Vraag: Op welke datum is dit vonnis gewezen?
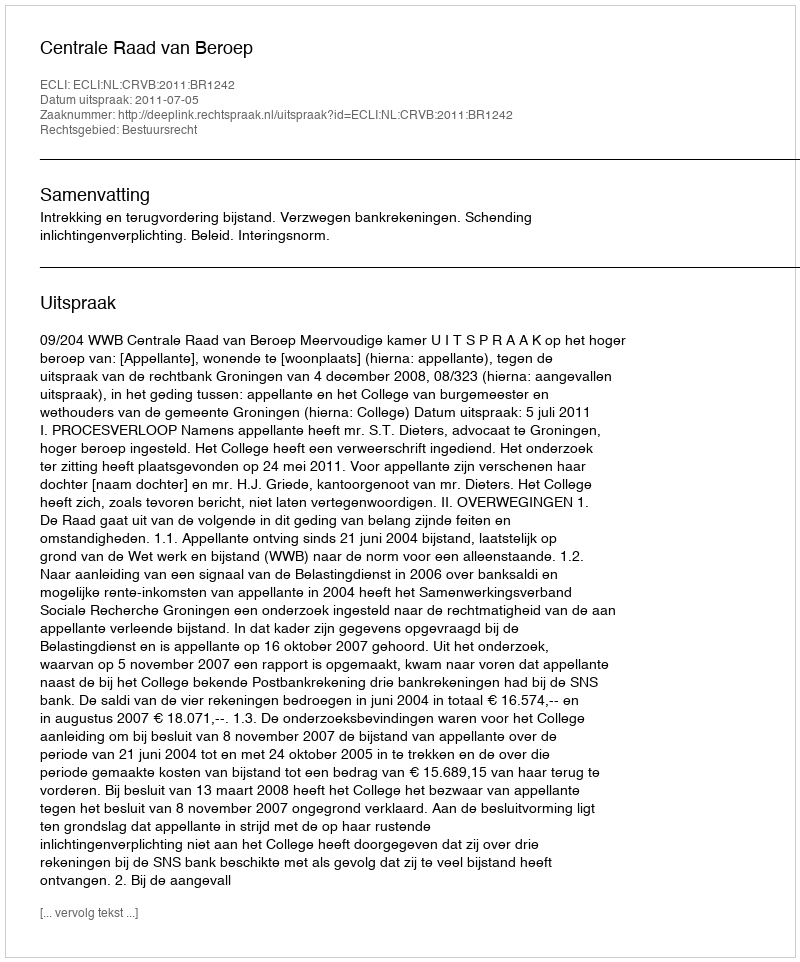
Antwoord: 2011-07-05